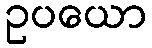
ဥပယော